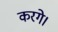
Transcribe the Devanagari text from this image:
करगे।